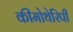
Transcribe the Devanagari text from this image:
कीमोथेरिपी